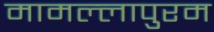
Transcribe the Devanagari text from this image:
मामल्‍लापुरम